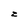
Character: z